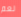
نعم